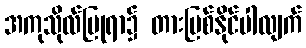
အကုသိုလ်ပြုရာ၌ တားမြစ်နိုင်ပါလျက်